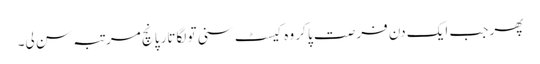
پھر جب ایک دن فرصت پا کر وہ کیسٹ سنی تو لگاتار پانچ مرتبہ سن لی۔